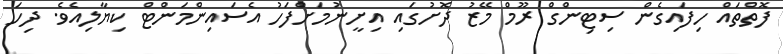
ފޮތްތައް ހިފައިގެން ސިޓިންގް ރޫމް މޭޒު ދޮށުގައި އިށީނުމަށްފަހު އެސައިންމަންޓް ކިޔާލިއެވެ. ދިހަ